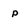
Character: p